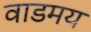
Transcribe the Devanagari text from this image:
वाडमय